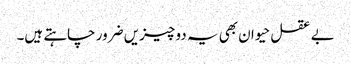
بے عقل حیوان بھی یہ دو چیزیں ضرور چاہتے ہیں۔